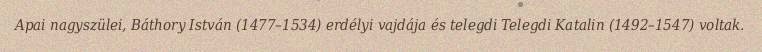
Apai nagyszülei, Báthory István (1477–1534) erdélyi vajdája és telegdi Telegdi Katalin (1492–1547) voltak.